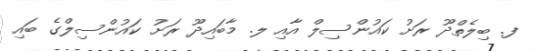
ފ. ބިލެތްދޫ ރަށު ކައުންސިލް އާއި ލ. މާބައިދޫ ރަށު ކައުންސިލްގެ ބައި